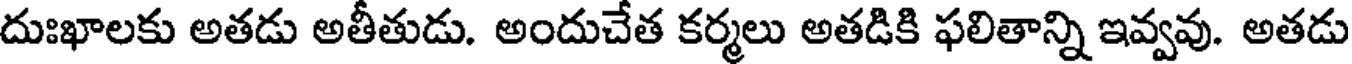
దుఃఖాలకు అతడు అతీతుడు. అందుచేత కర్మలు అతడికి ఫలితాన్ని ఇవ్వవు. అతడు